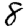
Digit: 8